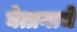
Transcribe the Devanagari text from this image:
घेतानाचे